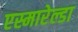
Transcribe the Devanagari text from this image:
एस्मारेल्डा